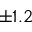
\pm 1 . 2